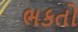
ભકતો